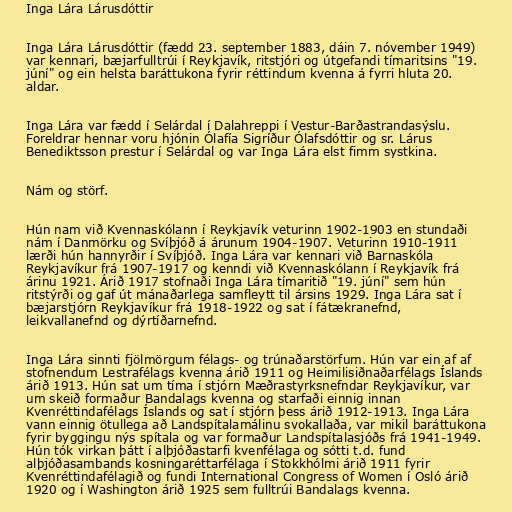
Inga Lára Lárusdóttir

Inga Lára Lárusdóttir (fædd 23. september 1883, dáin 7. nóvember 1949)
var kennari, bæjarfulltrúi í Reykjavík, ritstjóri og útgefandi tímaritsins "19.
júní" og ein helsta baráttukona fyrir réttindum kvenna á fyrri hluta 20.
aldar.

Inga Lára var fædd í Selárdal í Dalahreppi í Vestur-Barðastrandasýslu.
Foreldrar hennar voru hjónin Ólafía Sigríður Ólafsdóttir og sr. Lárus
Benediktsson prestur í Selárdal og var Inga Lára elst fimm systkina.

Nám og störf.

Hún nam við Kvennaskólann í Reykjavík veturinn 1902-1903 en stundaði
nám í Danmörku og Svíþjóð á árunum 1904-1907. Veturinn 1910-1911
lærði hún hannyrðir í Svíþjóð. Inga Lára var kennari við Barnaskóla
Reykjavíkur frá 1907-1917 og kenndi við Kvennaskólann í Reykjavík frá
árinu 1921. Árið 1917 stofnaði Inga Lára tímaritið "19. júní" sem hún
ritstýrði og gaf út mánaðarlega samfleytt til ársins 1929. Inga Lára sat í
bæjarstjórn Reykjavíkur frá 1918-1922 og sat í fátækranefnd,
leikvallanefnd og dýrtíðarnefnd.

Inga Lára sinnti fjölmörgum félags- og trúnaðarstörfum. Hún var ein af af
stofnendum Lestrafélags kvenna árið 1911 og Heimilisiðnaðarfélags Íslands
árið 1913. Hún sat um tíma í stjórn Mæðrastyrksnefndar Reykjavíkur, var
um skeið formaður Bandalags kvenna og starfaði einnig innan
Kvenréttindafélags Íslands og sat í stjórn þess árið 1912-1913. Inga Lára
vann einnig ötullega að Landspítalamálinu svokallaða, var mikil baráttukona
fyrir byggingu nýs spítala og var formaður Landspítalasjóðs frá 1941-1949.
Hún tók virkan þátt í alþjóðastarfi kvenfélaga og sótti t.d. fund
alþjóðasambands kosningaréttarfélaga í Stokkhólmi árið 1911 fyrir
Kvenréttindafélagið og fundi International Congress of Women í Osló árið
1920 og í Washington árið 1925 sem fulltrúi Bandalags kvenna.